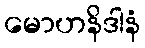
မောဟနိဒါနံ